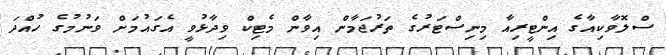
ސްލޮވާކިއާގެ އިންޓީރިއާ މިނިސްޓަރުގެ ތަރުޖަމާން އިވާން މެޓިކް ވިދާޅުވީ އެގައުމަށް ވަނުމުގެ ހުއްދަ